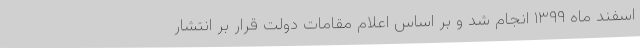
اسفند ماه ۱۳۹۹ انجام شد و بر اساس اعلام مقامات دولت قرار بر انتشار